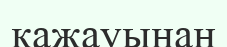
қажауынан